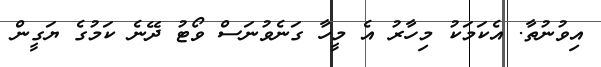
އިވުނުތާ. އެކަމަކު މިހާރު އެ މީހާ ގަނެވުނަސް ވޯޓު ދޭނެ ކަމުގެ ޔަގީން